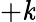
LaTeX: +\mathit{k}